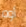
أوه